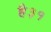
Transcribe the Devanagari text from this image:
है३१